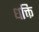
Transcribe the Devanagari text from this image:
धक्ति